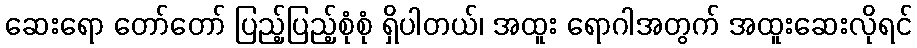
ဆေးရော တော်တော် ပြည့်ပြည့်စုံစုံ ရှိပါတယ်၊ အထူး ရောဂါအတွက် အထူးဆေးလိုရင်